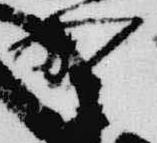
野